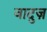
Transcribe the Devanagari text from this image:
वादुज़